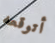
أتوقعه